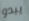
يبدو